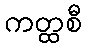
ကတ္ထစီ